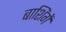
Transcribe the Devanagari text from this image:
बाशिंगें